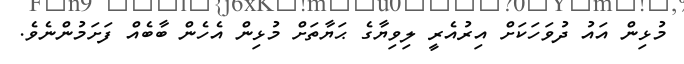
މުޅިން އައު ދުވަހަކަށް އިރުއެރީ ލިވިޔާގެ ޙަޔާތަށް މުޅިން އެހެން ބާބެއް ފަށަމުންނެވެ.